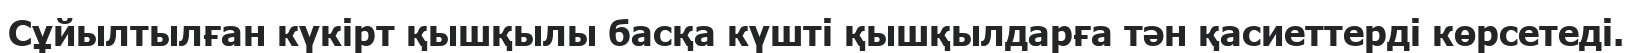
Сұйылтылған күкірт қышқылы басқа күшті қышқылдарға тән қасиеттерді көрсетеді.